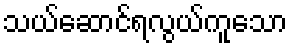
သယ်ဆောင်ရလွယ်ကူသော